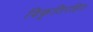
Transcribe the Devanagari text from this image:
विकृतिरहित